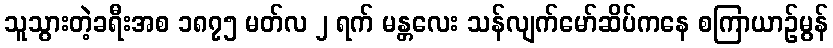
သူသွားတဲ့ခရီးအစ ၁၈၇၅ မတ်လ ၂ ရက် မန္တလေး သန်လျက်မော်ဆိပ်ကနေ စကြာယာဉ်မွန်